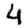
Digit: 4